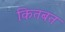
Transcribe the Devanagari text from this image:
कितबत